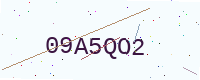
Text: 09A5QO2